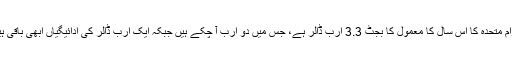
اقوام متحدہ کا اس سال کا معمول کا بجٹ 3.3 ارب ڈالر ہے، جس میں دو ارب آ چکے ہیں جبکہ ایک ارب ڈالر کی ادائیگیاں ابھی باقی ہیں۔